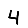
Digit: 4